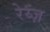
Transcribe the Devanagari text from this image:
रेय्ज़